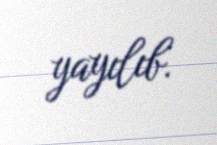
yayılıb.